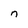
Character: n